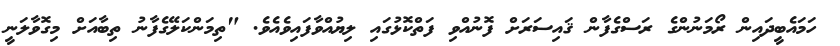
ހަމައެބީދައިން ރޯމަނުންގެ ރަސްގެފާން ޤައިސަރަށް ފޮނުއްވި ފަތްކޮޅުގައި ލިޔުއްވާފައިވެއެވެ. "ތިމަންކަލޭގެފާނު ތިބާއަށް މިގޮވާލަނީ